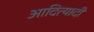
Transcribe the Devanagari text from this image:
आदित्यादी